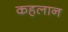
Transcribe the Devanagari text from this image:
कहलान